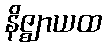
နိဇ္ဈာယထ